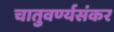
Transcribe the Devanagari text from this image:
चातुवर्ण्यसंकर